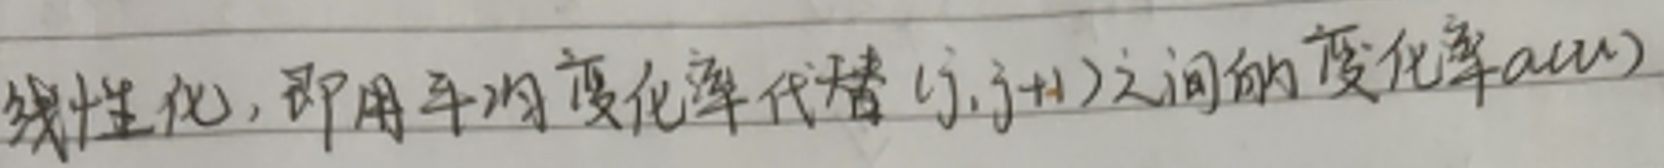
线性化，即用平均变化率代替$(j,j + 1)$之间的变化率$a(u)$